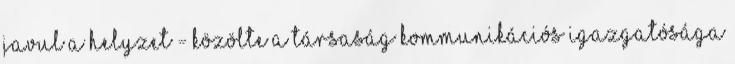
javul a helyzet - közölte a társaság kommunikációs igazgatósága